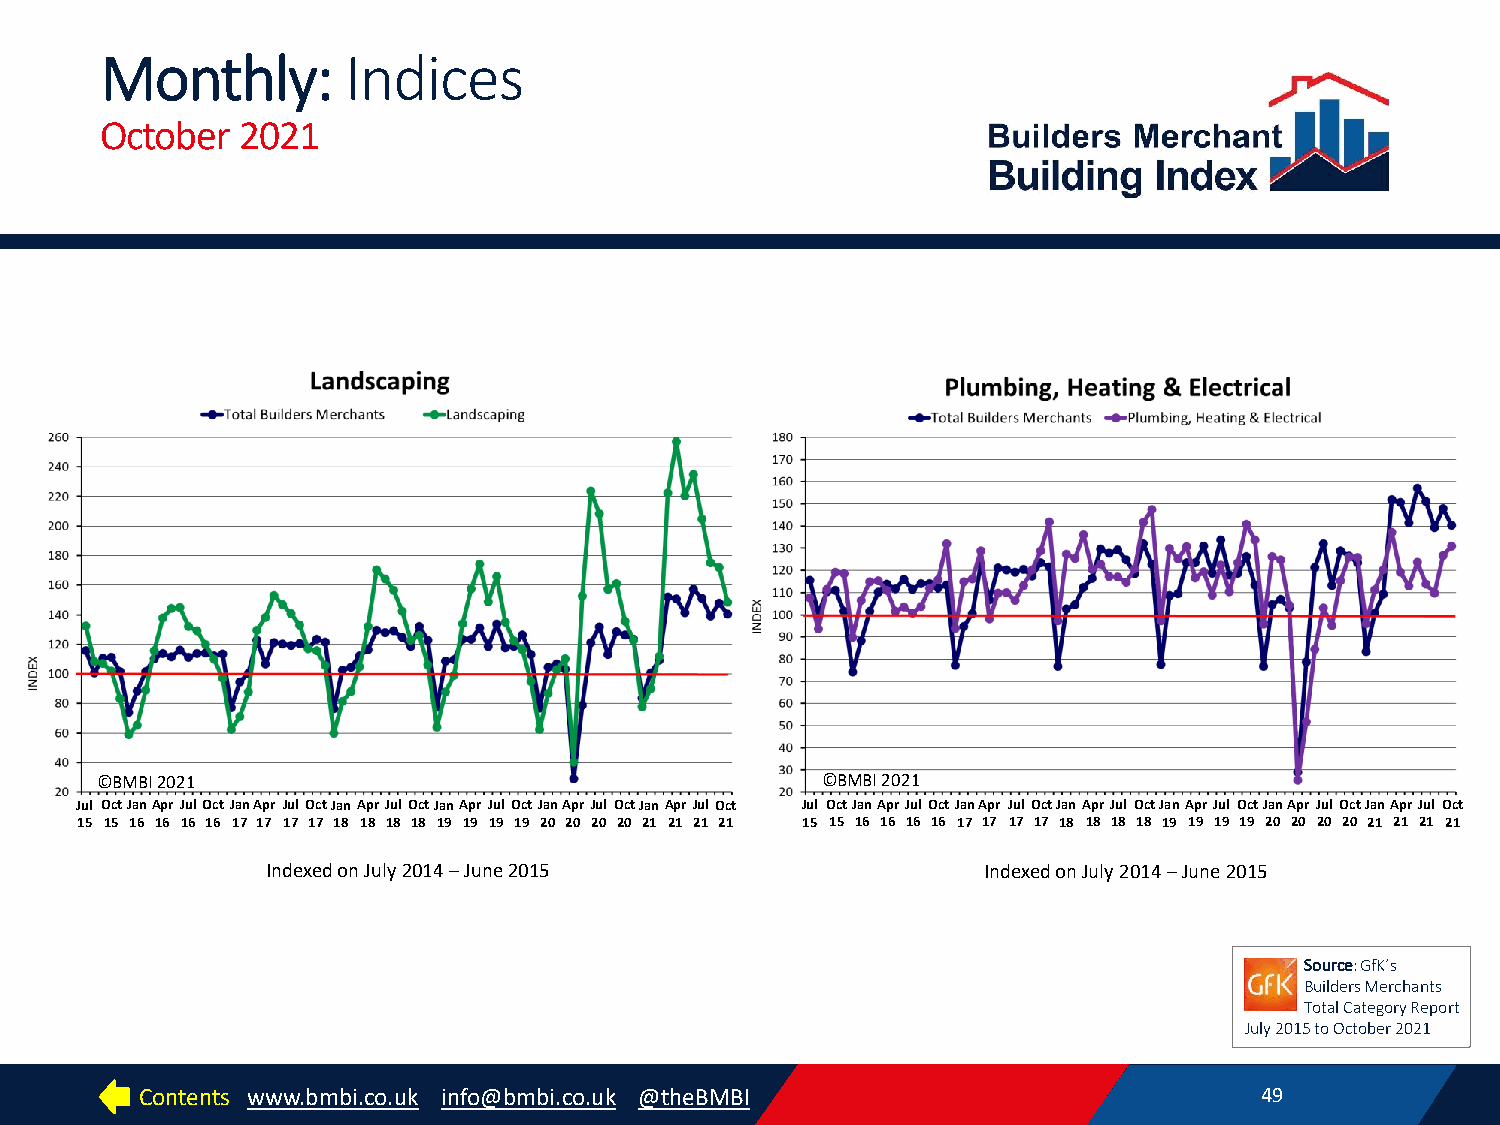
Monthly:        Indices
 October  2021
 ©BMBI 2021                                      ©BMBI 2021
 Jul OctJanAprJul OctJanApr Jul OctJanAprJul OctJanApr Jul OctJanApr Jul OctJanAprJulOct Jul OctJanAprJul OctJanApr Jul OctJanAprJul OctJanApr Jul OctJanApr Jul OctJanAprJul Oct
 15 15 16 16 16 16 17 17 17 17 18 18 18 18 19 19 19 19 20 20 20 20 21 21 21 21 15 15 16 16 16 16 17 17 17 17 18 18 18 18 19 19 19 19 20 20 20 20 21 21 21 21
 Indexed on July 2014 –June 2015                Indexed on July 2014 –June 2015
 Source: GfK’s
 Builders Merchants
 Total Category Report
 July 2015 to October 2021
 Contents www.bmbi.co.uk info@bmbi.co.uk @theBMBI                          49